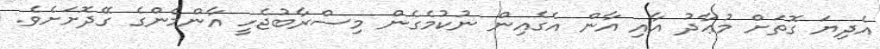
އެދިޔަ ގޮތަށް މުޢާދު އާއި އާން އެގެއިން ނުކުމެގެން މިސްރާބުޖެހީ އާންމެންގެ ގޭދޮށަށެވެ.